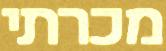
מכרתי